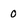
Character: O